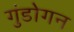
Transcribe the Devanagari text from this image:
गुंडोगन